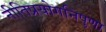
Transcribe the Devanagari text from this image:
नीतिप्रयोगनिपुणा